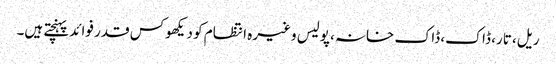
ریل، تار، ڈاک، ڈاک خانہ، پولیس وغیرہ انتظام کو دیکھوکس قدر فوائد پہنچتے ہیں۔